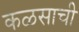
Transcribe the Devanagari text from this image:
कळसाची